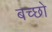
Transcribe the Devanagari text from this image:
बच्छो